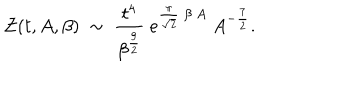
{ \cal Z } ( t , A , \beta ) ~ \sim ~ { \frac { t ^ { 4 } } { \beta ^ { \frac { 9 } { 2 } } } } ~ e ^ { { \frac { \pi } { \sqrt { 2 } } } ~ \beta ~ A } ~ A ^ { - { \frac { 7 } { 2 } } } .